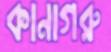
কানাগরু